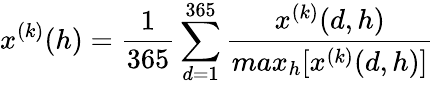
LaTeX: x^{(k)}(h)=\frac{1}{365}\sum_{d=1}^{365}\frac{x^{(k)}(d,h)}{max_{h}[x^{(k)}(d,h)]}